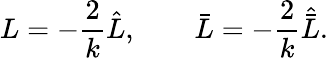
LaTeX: L=-\frac{2}{k}\hat{L},~~~~~~~~\bar{L}=-\frac{2}{k}\hat{\bar{L}}.